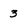
Character: 3